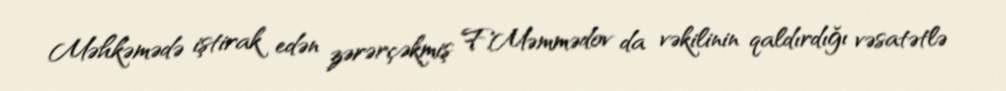
Məhkəmədə iştirak edən zərərçəkmiş F.Məmmədov da vəkilinin qaldırdığı vəsatətlə